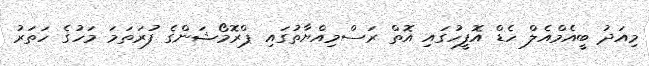
މިއަދު ބީއެމްއެލް ހެޑް އޮފީހުގައި އޮތް ރަސްމިއްޔާތުގައި ޕްރޮމޯޝަންގެ ފުރަތަމަ މަހުގެ ހަތަރު